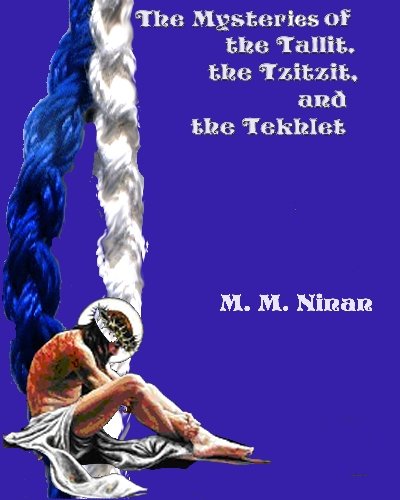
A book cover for The Mysteries of the Tallit, the Tzitzit, and the Tekhlet; M. M. Ninan; Christian Books & Bibles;